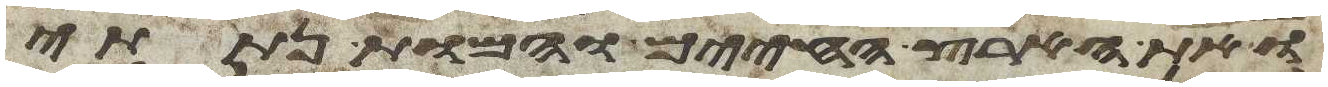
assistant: ואת הארץ החיים והמות נתתי